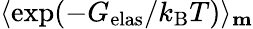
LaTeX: \langle\exp(-G_{\mathrm{elas}}/k_{\mathrm{B}}T)\rangle_{\mathbf{m}}